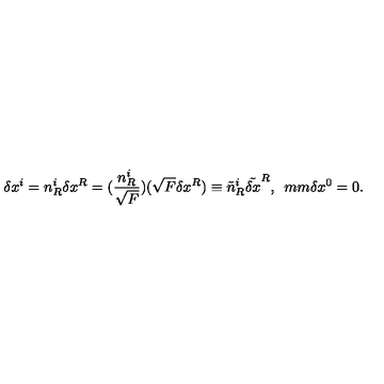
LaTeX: \delta x ^ { i } = n _ { R } ^ { i } \delta x ^ { R } = ( \frac { n _ { R } ^ { i } } { \sqrt { F } } ) ( \sqrt { F } \delta x ^ { R } ) \equiv \tilde { n } _ { R } ^ { i } \tilde { \delta x } ^ { R } , \hspace * { 5 m m } \delta x ^ { 0 } = 0 .